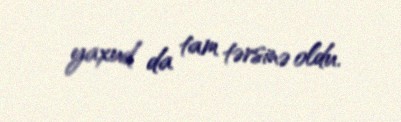
yaxud da tam tərsinə oldu.